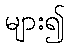
များ၍